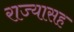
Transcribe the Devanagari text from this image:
राज्यासह